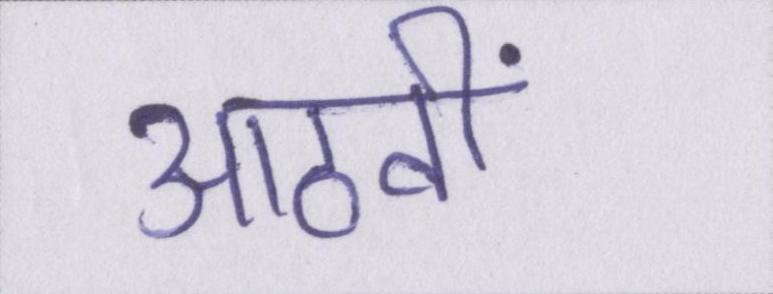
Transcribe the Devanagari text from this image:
आठवीं